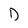
Character: D